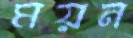
ময়ন